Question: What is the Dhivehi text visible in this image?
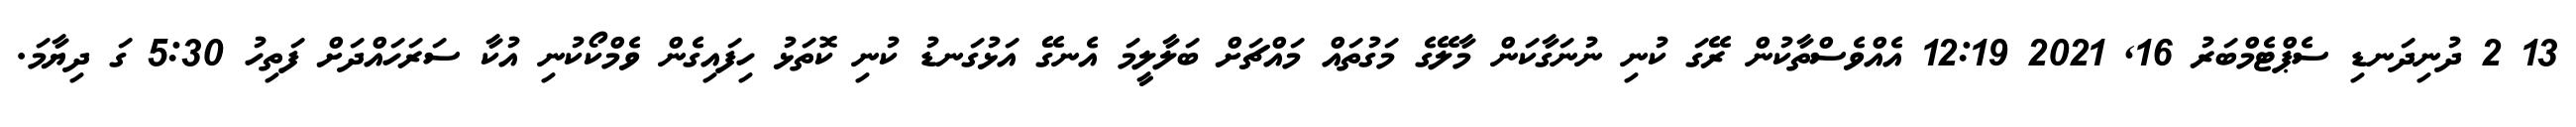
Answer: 13 2 ދުނިދަނޑި ސެޕްޓެމްބަރު 16, 2021 12:19 އެއްވެސްތާކުން ރޭގަ ކުނި ނުނަގާކަން މާލޭގެ މަގުތައް މައްޗަށް ބަލާލީމަ އެނގޭ އަޅުގަނޑު ކުނި ކޮތަޅު ހިފައިގެން ވެމްކޯކުނި އުކާ ސަރަހައްދަށް ފަތިހު 5:30 ގަ ދިޔާމަ.